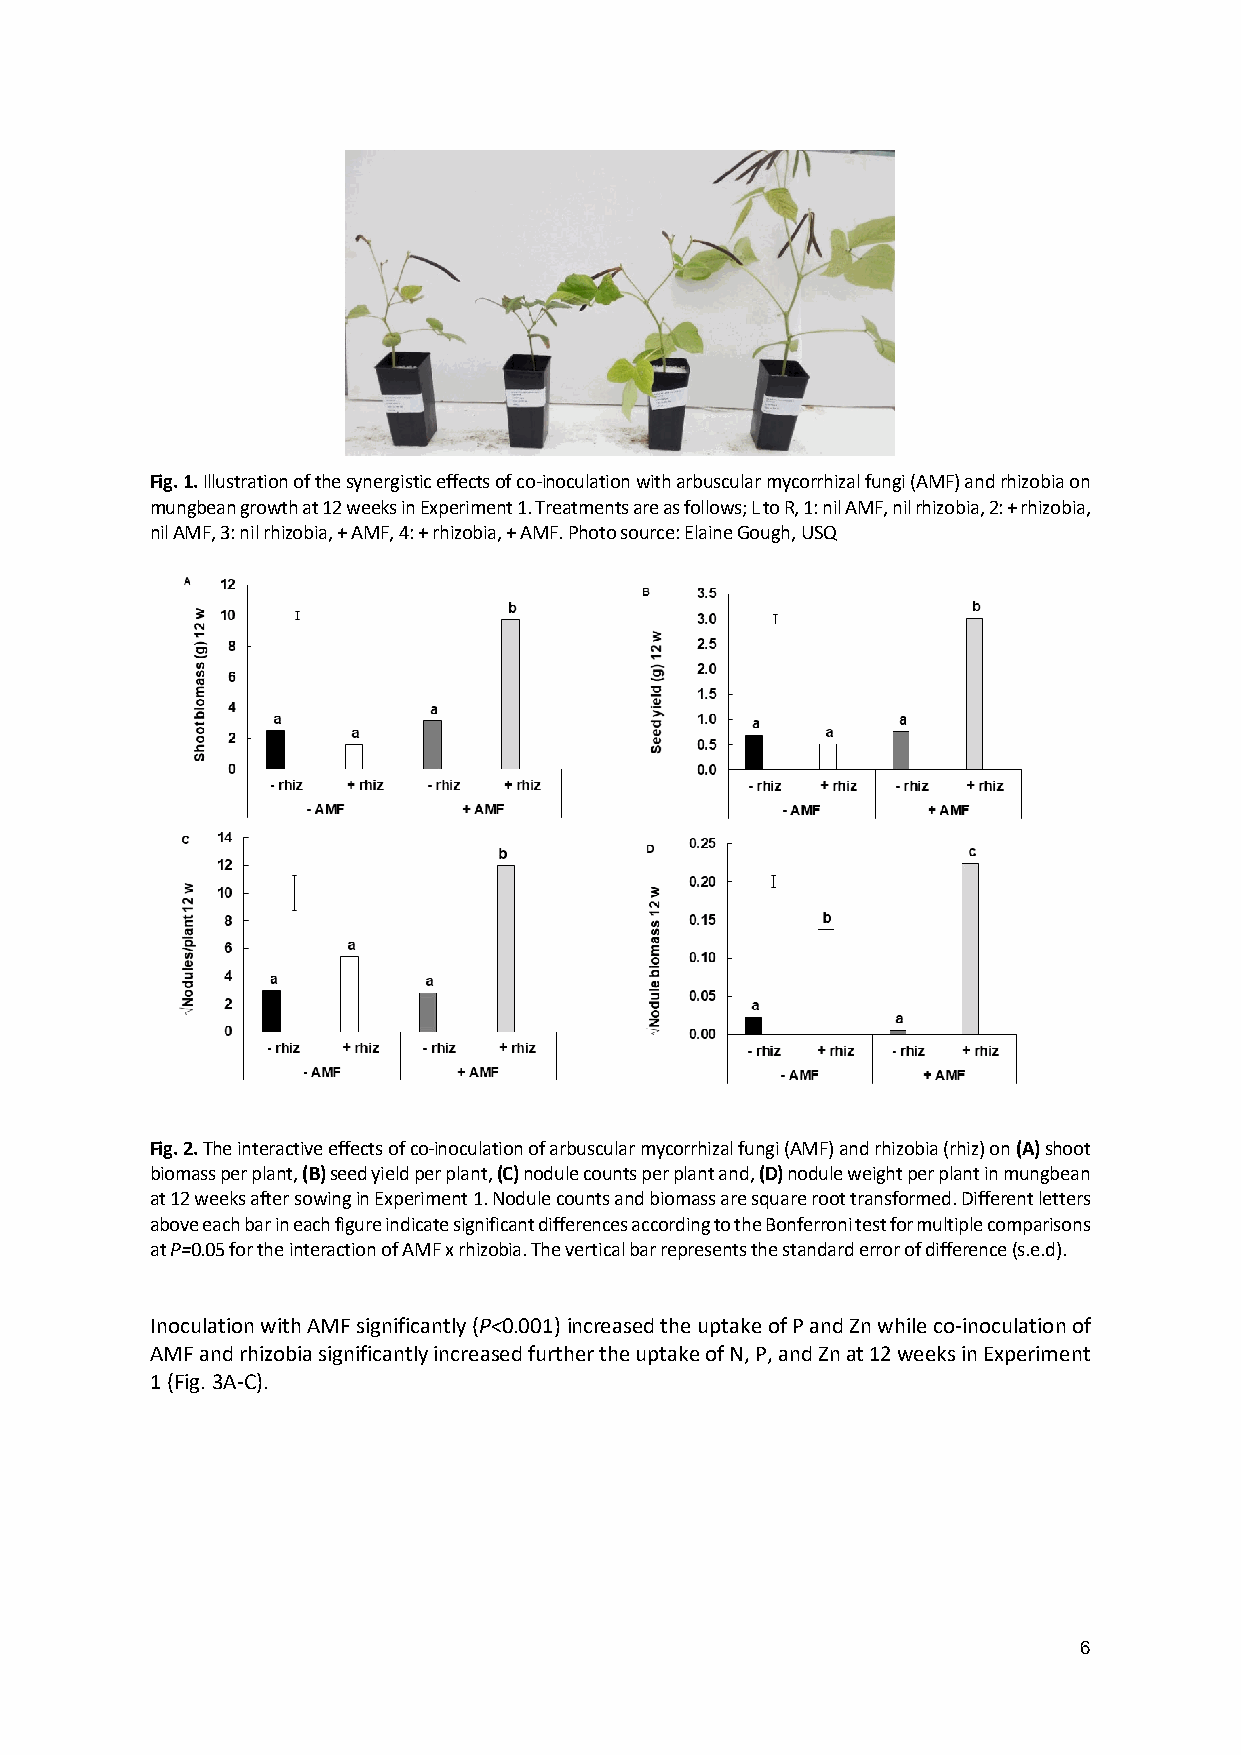
Fig. 1. Illustration of the synergistic effects of co-inoculation with arbuscular mycorrhizal fungi (AMF) and rhizobia on
 mungbean growth at 12 weeks in Experiment 1. Treatments are as follows; L to R, 1: nil AMF, nil rhizobia, 2: + rhizobia,
 nil AMF, 3: nil rhizobia, + AMF, 4: + rhizobia, + AMF. Photo source: Elaine Gough, USQ
 Fig. 2. The interactive effects of co-inoculation of arbuscular mycorrhizal fungi (AMF) and rhizobia (rhiz) on (A) shoot
 biomass per plant, (B) seed yield per plant, (C) nodule counts per plant and, (D) nodule weight per plant in mungbean
 at 12 weeks after sowing in Experiment 1. Nodule counts and biomass are square root transformed. Different letters
 above each bar in each figure indicate significant differences according to the Bonferroni test for multiple comparisons
 at P=0.05 for the interaction of AMF x rhizobia. The vertical bar represents the standard error of difference (s.e.d).
 Inoculation with AMF significantly (P<0.001) increased the uptake of P and Zn while co-inoculation of
 AMF and rhizobia significantly increased further the uptake of N, P, and Zn at 12 weeks in Experiment
 1 (Fig. 3A-C).
 6